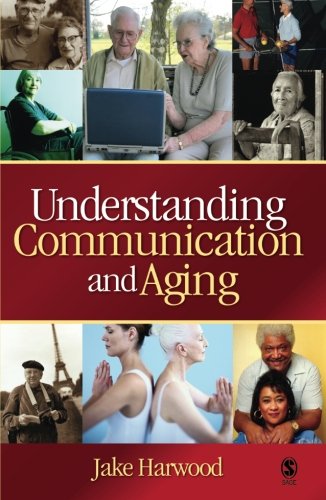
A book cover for Understanding Communication and Aging: Developing Knowledge and Awareness; Jake Harwood; Politics & Social Sciences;